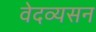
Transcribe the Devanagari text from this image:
वेदव्यसन